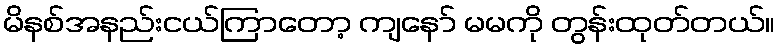
မိနစ်အနည်းငယ်ကြာတော့ ကျနော် မမကို တွန်းထုတ်တယ်။